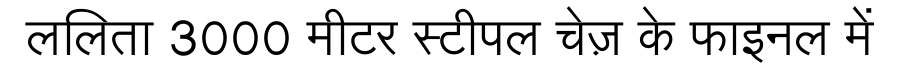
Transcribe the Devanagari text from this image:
ललिता 3000 मीटर स्टीपल चेज़ के फाइनल में